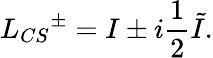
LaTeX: L_{CS}{^{\pm}}=I\pm i{\frac{1}{2}}\tilde{I}.